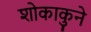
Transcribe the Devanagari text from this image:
शोकाकुने